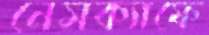
নেসক্যাফে